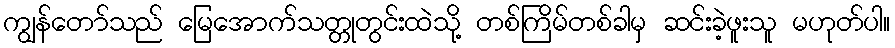
ကျွန်တော်သည် မြေအောက်သတ္တုတွင်းထဲသို့ တစ်ကြိမ်တစ်ခါမှ ဆင်းခဲ့ဖူးသူ မဟုတ်ပါ။